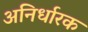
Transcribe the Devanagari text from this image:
अनिर्धारक